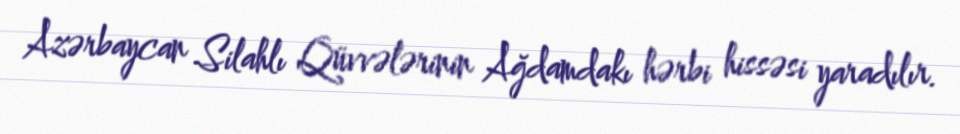
Azərbaycan Silahlı Qüvvələrinin Ağdamdakı hərbi hissəsi yaradılır.